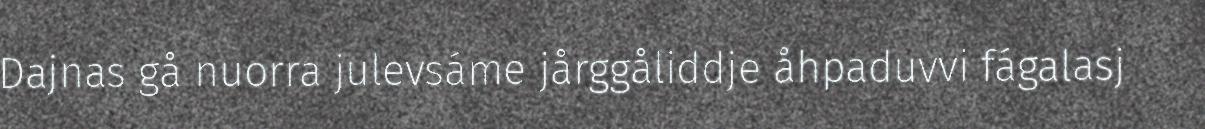
Dajnas gå nuorra julevsáme jårggåliddje åhpaduvvi fágalasj